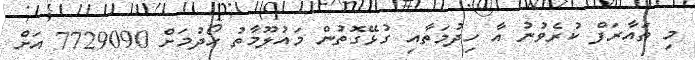
މި ތައާރަފް ކުރެވުނު އާ ހިދުމަތާއި ގުޅޭގޮތުން މައުލޫމާތު ހޯދުމަށް 7729090 އަށް